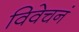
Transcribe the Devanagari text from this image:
विवेचनं